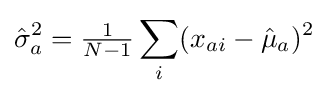
{\hat {\sigma }}_{a}^{2}={\tfrac {1}{N-1}}\sum _{i}(x_{ai}-{\hat {\mu }}_{a})^{2}